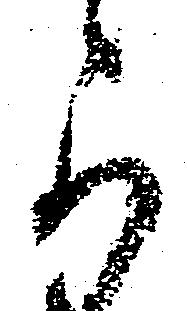
可